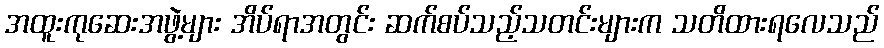
အထူးကုဆေးအဖွဲ့များ အိပ်ရာအတွင်း ဆက်စပ်သည့်သတင်းများက သတိထားရလေသည်